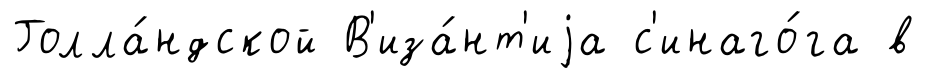
Голла́ндской В'иза́нт'иjа с'инаго́га в